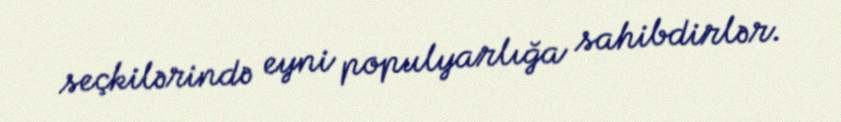
seçkilərində eyni populyarlığa sahibdirlər.